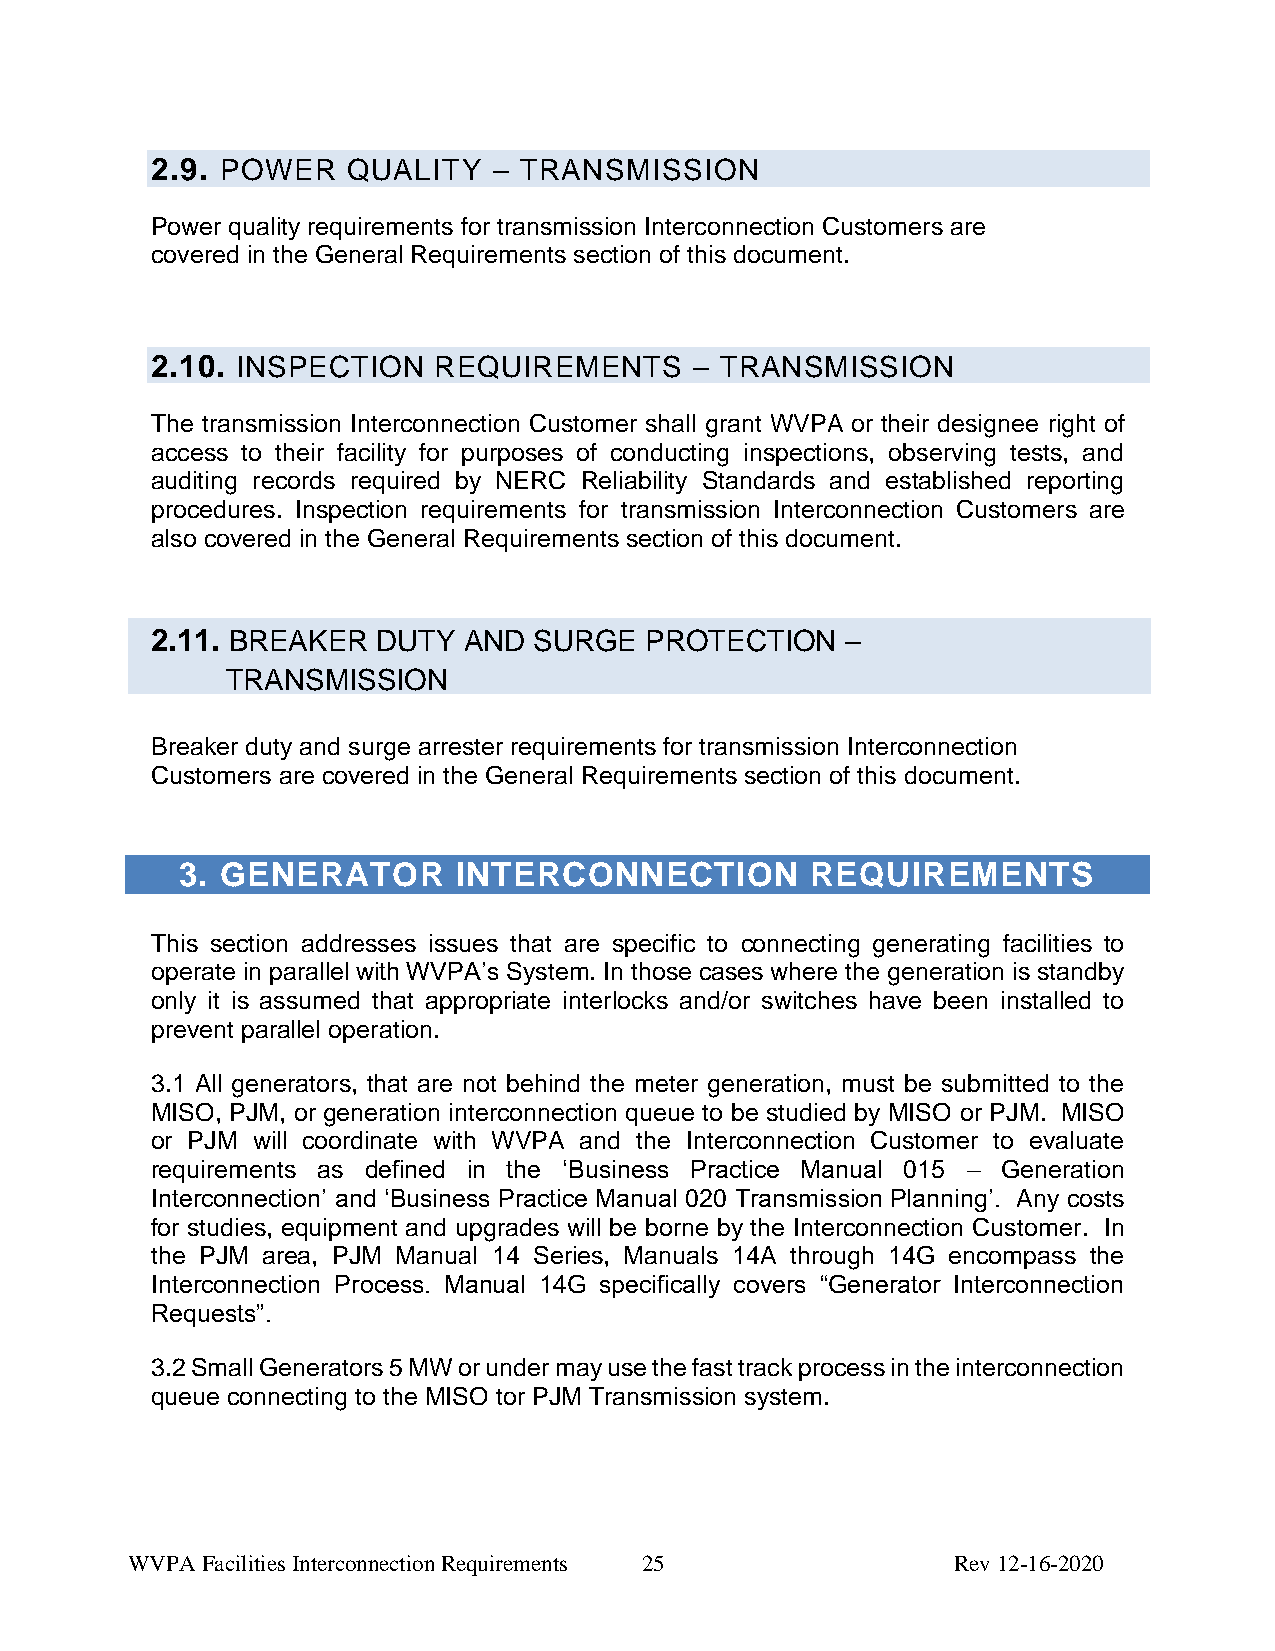
2.9. POWER   QUALITY   – TRANSMISSION
 Power quality requirements for transmission Interconnection Customers are
 covered in the General Requirements section of this document.
 2.10. INSPECTION   REQUIREMENTS     – TRANSMISSION
 The transmission Interconnection Customer shall grant WVPA or their designee right of
 access to their facility for purposes of conducting inspections, observing tests, and
 auditing records required by NERC Reliability Standards and established reporting
 procedures. Inspection requirements for transmission Interconnection Customers are
 also covered in the General Requirements section of this document.
 2.11. BREAKER  DUTY  AND SURGE   PROTECTION   –
 TRANSMISSION
 Breaker duty and surge arrester requirements for transmission Interconnection
 Customers are covered in the General Requirements section of this document.
 3. GENERATOR      INTERCONNECTION         REQUIREMENTS
 This section addresses issues that are specific to connecting generating facilities to
 operate in parallel with WVPA’s System. In those cases where the generation is standby
 only it is assumed that appropriate interlocks and/or switches have been installed to
 prevent parallel operation.
 3.1 All generators, that are not behind the meter generation, must be submitted to the
 MISO, PJM, or generation interconnection queue to be studied by MISO or PJM. MISO
 or PJM will coordinate with WVPA and the Interconnection Customer to evaluate
 requirements as defined in the ‘Business Practice Manual 015 – Generation
 Interconnection’ and ‘Business Practice Manual 020 Transmission Planning’. Any costs
 for studies, equipment and upgrades will be borne by the Interconnection Customer. In
 the PJM area, PJM Manual 14 Series, Manuals 14A through 14G encompass the
 Interconnection Process. Manual 14G specifically covers “Generator Interconnection
 Requests”.
 3.2 Small Generators 5 MW or under may use the fast track process in the interconnection
 queue connecting to the MISO tor PJM Transmission system.
 WVPA Facilities Interconnection Requirements 25        Rev 12-16-2020